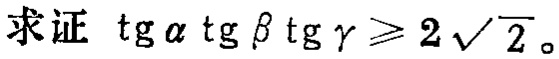
求证 \(\tan\alpha\tan\beta\tan\gamma\geqslant2\sqrt{2}\)。